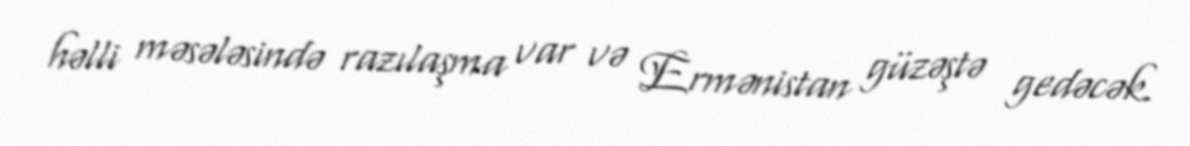
həlli məsələsində razılaşma var və Ermənistan güzəştə gedəcək.